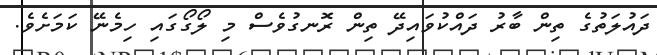
ދައުލަތުގެ ތިން ބާރު ދައްކުވައިދޭ ތިން ރޮނގުވެސް މި ލޯގޯގައި ހިމެނޭ ކަމަށެވެ.